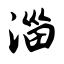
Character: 淄